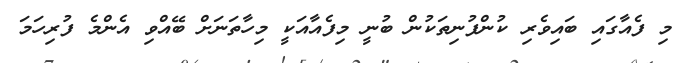
މި ފެއާގައި ބައިވެރި ކުންފުނިތަކުން ބުނީ މިފެއާއަކީ މިހާތަނަށް ބޭއްވި އެންމެ ފުރިހަމަ